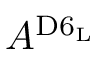
A ^ { \mathrm { D 6 _ { L } } }